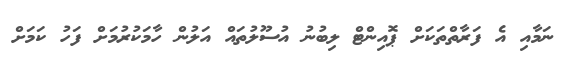
ނަމާއި އެ ފަރާތްތަކަށް ޕޮއިންޓް ލިބުނު އުސޫލުތައް އަލުން ހާމަކުރުމަށް ފަހު ކަމަށް